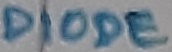
Text: DIODE